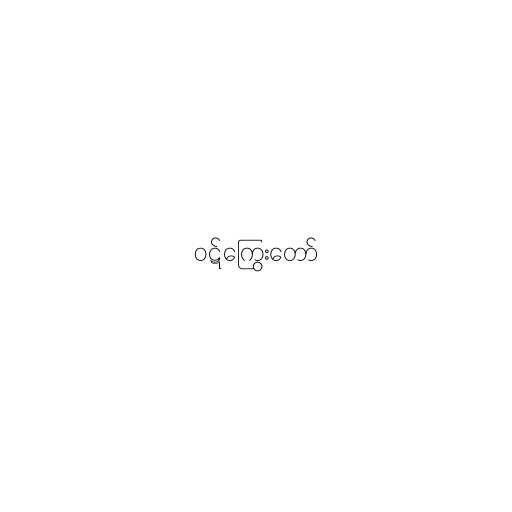
ဝဋ်ကြွေးတော်